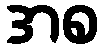
အစ